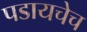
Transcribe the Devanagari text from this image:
पडायचेच